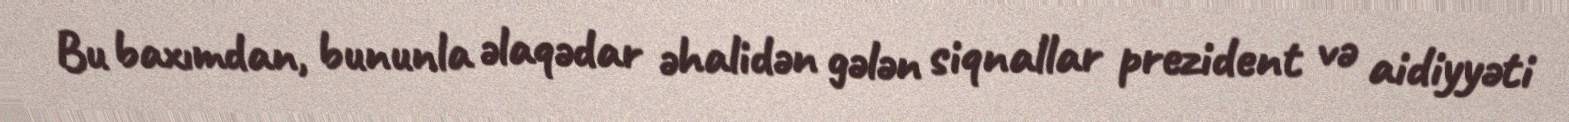
Bu baxımdan, bununla əlaqədar əhalidən gələn siqnallar prezident və aidiyyəti